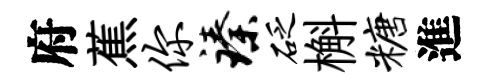
府蕉你臻砭槲糖進